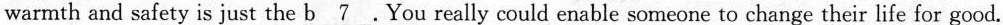
warmth and safety is just the \underline{b 7}，You really could enable someone to change their life for good.